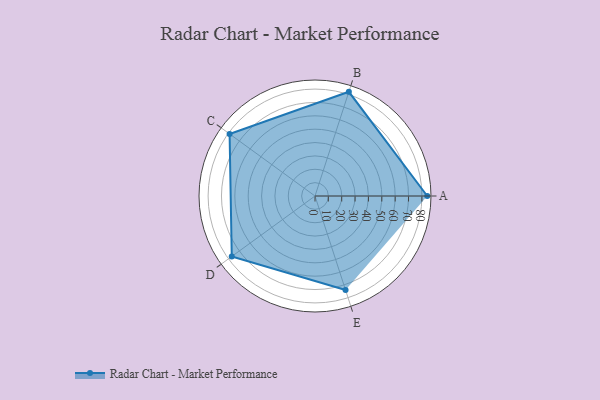
{"axis": {"x": "Skill", "y": "Score"}, "legend": ["Profile"], "data": [{"x": "A", "y": 84.0, "type": "Profile"}, {"x": "B", "y": 82.0, "type": "Profile"}, {"x": "C", "y": 79.0, "type": "Profile"}, {"x": "D", "y": 77.0, "type": "Profile"}, {"x": "E", "y": 74.0, "type": "Profile"}]}